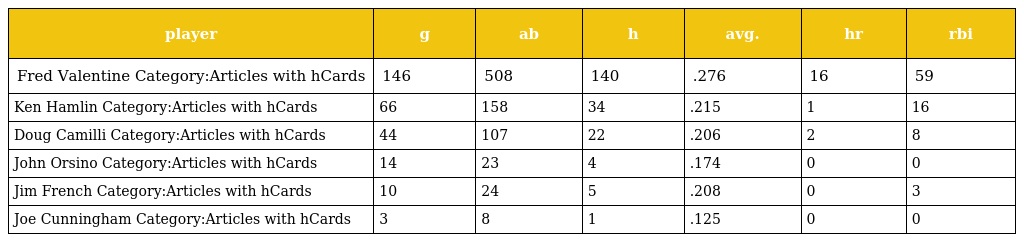
| player | g | ab | h | avg. | hr | rbi |
 | --- | --- | --- | --- | --- | --- | --- |
 | Fred Valentine Category:Articles with hCards | 146 | 508 | 140 | .276 | 16 | 59 |
 | Ken Hamlin Category:Articles with hCards | 66 | 158 | 34 | .215 | 1 | 16 |
 | Doug Camilli Category:Articles with hCards | 44 | 107 | 22 | .206 | 2 | 8 |
 | John Orsino Category:Articles with hCards | 14 | 23 | 4 | .174 | 0 | 0 |
 | Jim French Category:Articles with hCards | 10 | 24 | 5 | .208 | 0 | 3 |
 | Joe Cunningham Category:Articles with hCards | 3 | 8 | 1 | .125 | 0 | 0 |